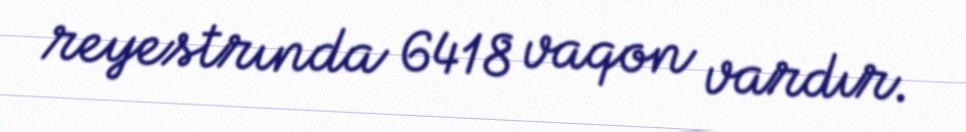
reyestrında 6418 vaqon vardır.